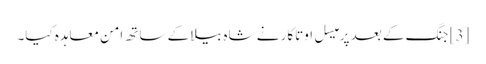
[3] جنگ کے بعد پرمیسل اوتاکار نے شاہ بیلا کے ساتھ امن معاہدہ کیا۔